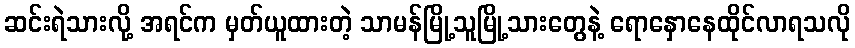
ဆင်းရဲသားလို့ အရင်က မှတ်ယူထားတဲ့ သာမန်မြို့သူမြို့သားတွေနဲ့ ရောနှောနေထိုင်လာရသလို